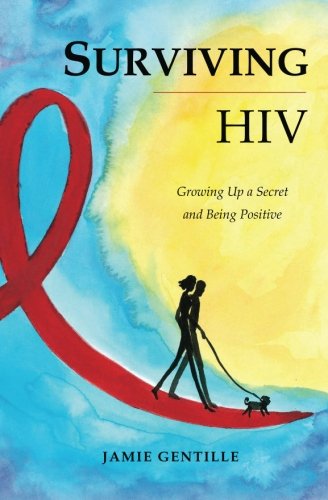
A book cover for Surviving HIV: Growing Up a Secret and Being Positive; Jamie E Gentille; Health, Fitness & Dieting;